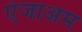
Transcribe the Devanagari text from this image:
एंजाअम